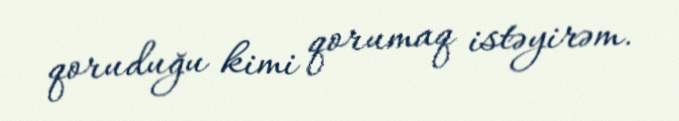
qoruduğu kimi qorumaq istəyirəm.